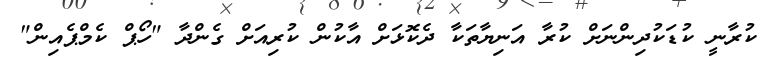
ކުރާނީ ކުޑަކުދިންނަށް ކުރާ އަނިޔާތަކާ ދެކޮޅަށް އާކުން ކުރިއަށް ގެންދާ "ހޯޕް ކެމްޕެއިން"